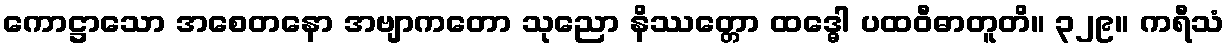
ကောဋ္ဌာသော အစေတနော အဗျာကတော သုညော နိဿတ္တော ထဒ္ဓေါ ပထဝီဓာတူတိ။ ၃၂၉။ ကရီသံ